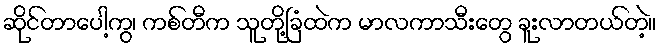
ဆိုင်တာပေါ့ကွ၊ ကစ်တီက သူတို့ခြံထဲက မာလကာသီးတွေ ခူးလာတယ်တဲ့။